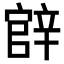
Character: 𨐝